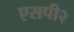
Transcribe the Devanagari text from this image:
एसपी२